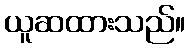
ယူဆထားသည်။